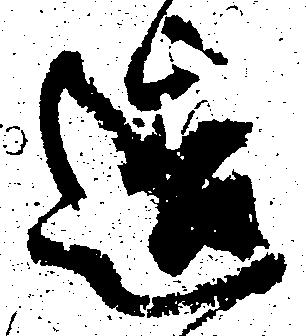
造